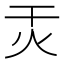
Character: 㶣